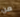
من